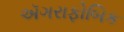
ઍગરાફોબિક